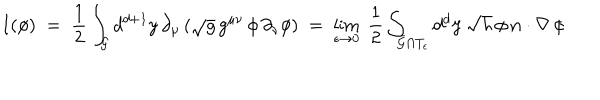
I ( \phi ) \; = \; \frac { 1 } { 2 } \int _ { \cal G } d ^ { d + 1 } y \, \partial _ { \mu } \, ( \sqrt { g } \, g ^ { \mu \nu } \, \phi \, \partial _ { \nu } \phi ) \; = \; \lim _ { \epsilon \rightarrow 0 } \; \frac { 1 } { 2 } \int _ { \bar { \cal G } \cap T _ { \epsilon } } d ^ { d } { \bf y } \, \sqrt { h } \, \phi \, { \bf n } \cdot \nabla \, \phi